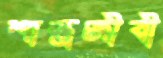
শাস্ত্রজীবী